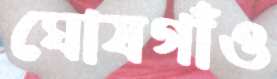
ঘোষগাঁও